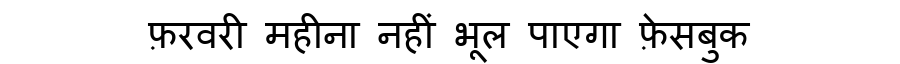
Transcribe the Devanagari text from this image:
फ़रवरी महीना नहीं भूल पाएगा फ़ेसबुक